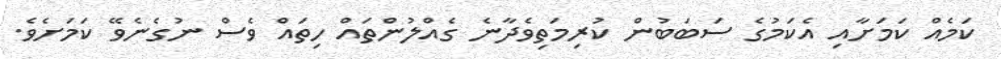
ކަމެއް ކަމަށާއި އެކަމުގެ ސަބަބުން ކުރިމަތިވެދާނެ ގެއްލުންތައް ހިތައް ވެސް ނުގެނެވޭ ކަމަށެވެ.